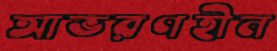
আভরণহীন